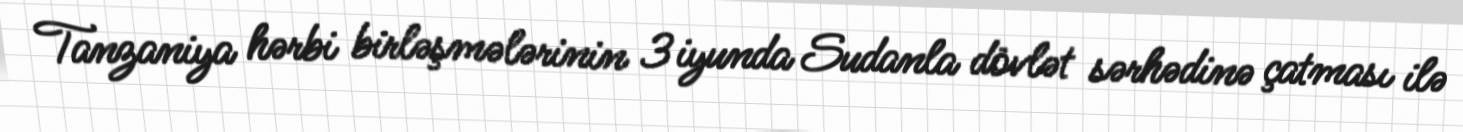
Tanzaniya hərbi birləşmələrinin 3 iyunda Sudanla dövlət sərhədinə çatması ilə